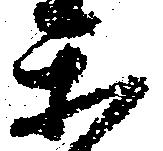
楽